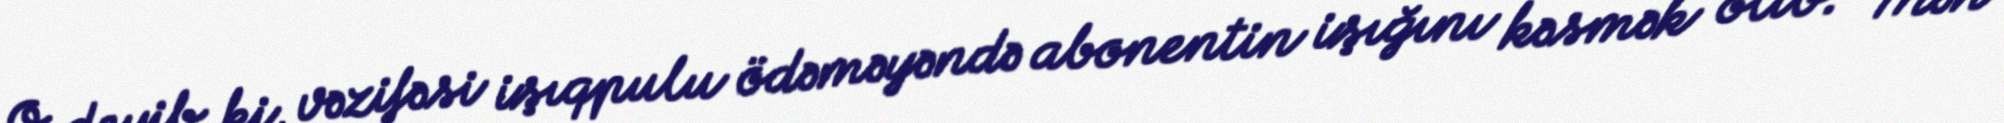
O, deyib ki, vəzifəsi işıqpulu ödəməyəndə abonentin işığını kəsmək olib: "Mən